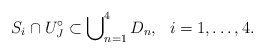
\begin{align*}S_i \cap U^\circ_J \subset \bigcup\nolimits^4_{n=1} D_n, \ \ i=1,\ldots,4.\end{align*}